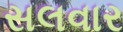
સલવાર